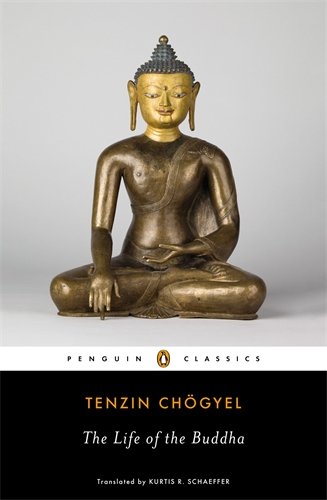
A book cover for The Life of the Buddha (Penguin Classics); Tenzin Chogyel; Religion & Spirituality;